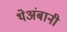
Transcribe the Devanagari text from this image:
थेअंबानी